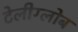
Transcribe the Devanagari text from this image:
टेलीग्लोब